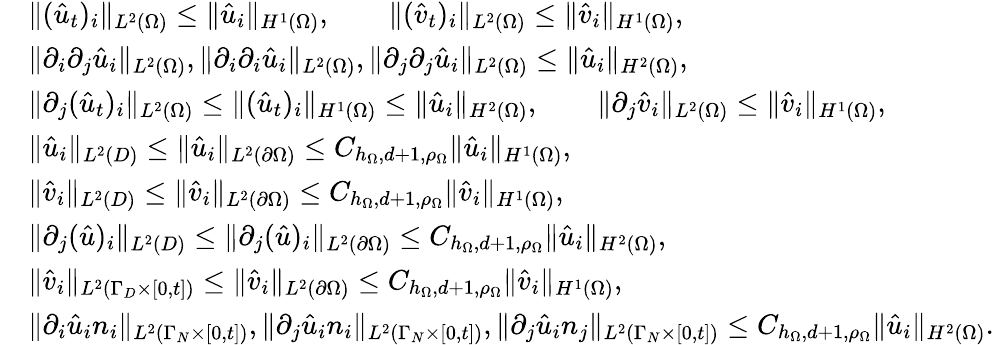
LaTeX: \begin{array}{rl}&{\| (\hat{u}_{t})_{i}\| _{L^{2}(\Omega)}\leq\| \hat{u}_{i}\| _{H^{1}(\Omega)},\qquad\| (\hat{v}_{t})_{i}\| _{L^{2}(\Omega)}\leq\| \hat{v}_{i}\| _{H^{1}(\Omega)},}\\ &{\| \partial_{i}\partial_{j}\hat{u}_{i}\| _{L^{2}(\Omega)},\| \partial_{i}\partial_{i}\hat{u}_{i}\| _{L^{2}(\Omega)},\| \partial_{j}\partial_{j}\hat{u}_{i}\| _{L^{2}(\Omega)}\leq\| \hat{u}_{i}\| _{H^{2}(\Omega)},}\\ &{\| \partial_{j}(\hat{u}_{t})_{i}\| _{L^{2}(\Omega)}\leq\| (\hat{u}_{t})_{i}\| _{H^{1}(\Omega)}\leq\| \hat{u}_{i}\| _{H^{2}(\Omega)},\qquad\| \partial_{j}\hat{v}_{i}\| _{L^{2}(\Omega)}\leq\| \hat{v}_{i}\| _{H^{1}(\Omega)},}\\ &{\| \hat{u}_{i}\| _{L^{2}(D)}\leq\| \hat{u}_{i}\| _{L^{2}(\partial\Omega)}\leq C_{h_{\Omega},d+1,\rho_{\Omega}}\| \hat{u}_{i}\| _{H^{1}(\Omega)},}\\ &{\| \hat{v}_{i}\| _{L^{2}(D)}\leq\| \hat{v}_{i}\| _{L^{2}(\partial\Omega)}\leq C_{h_{\Omega},d+1,\rho_{\Omega}}\| \hat{v}_{i}\| _{H^{1}(\Omega)},}\\ &{\| \partial_{j}(\hat{u})_{i}\| _{L^{2}(D)}\leq\| \partial_{j}(\hat{u})_{i}\| _{L^{2}(\partial\Omega)}\leq C_{h_{\Omega},d+1,\rho_{\Omega}}\| \hat{u}_{i}\| _{H^{2}(\Omega)},}\\ &{\| \hat{v}_{i}\| _{L^{2}(\Gamma_{D}\times[0,t])}\leq\| \hat{v}_{i}\| _{L^{2}(\partial\Omega)}\leq C_{h_{\Omega},d+1,\rho_{\Omega}}\| \hat{v}_{i}\| _{H^{1}(\Omega)},}\\ &{\| \partial_{i}\hat{u}_{i}n_{i}\| _{L^{2}(\Gamma_{N}\times[0,t])},\| \partial_{j}\hat{u}_{i}n_{i}\| _{L^{2}(\Gamma_{N}\times[0,t])},\| \partial_{j}\hat{u}_{i}n_{j}\| _{L^{2}(\Gamma_{N}\times[0,t])}\leq C_{h_{\Omega},d+1,\rho_{\Omega}}\| \hat{u}_{i}\| _{H^{2}(\Omega)}.}\end{array}